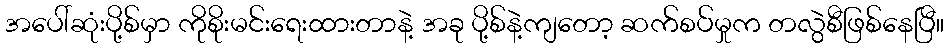
အပေါ်ဆုံးပို့စ်မှာ ကိုစိုးမင်းရေးထားတာနဲ့ အခု ပို့စ်နဲ့ကျတော့ ဆက်စပ်မှုက တလွဲစီဖြစ်နေပြီ။